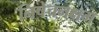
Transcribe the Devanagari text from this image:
निषेचनक्षम